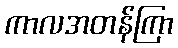
ကာလအတန်ကြာ